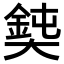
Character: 𡚃